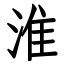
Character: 淮